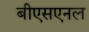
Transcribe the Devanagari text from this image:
बीएसएनल